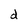
Character: d